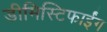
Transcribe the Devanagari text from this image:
डीमिस्टिफाईंग